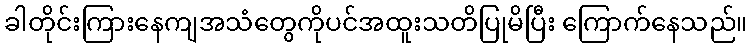
ခါတိုင်းကြားနေကျအသံတွေကိုပင်အထူးသတိပြုမိပြီး ကြောက်နေသည်။